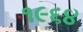
૧૯૬૪